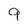
Character: 9